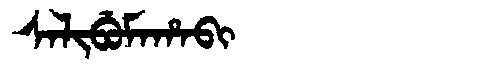
Manchu: ᠰᠠᠯᡳᠪᡠᠮᠠᡥᠠᠪᡳ
Romanization: SALIBUMAHABI